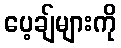
ပေ့ချ်များကို